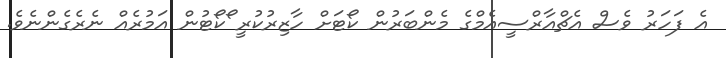
އެ ފަހަރު ވެސް އެޗްއާރްސީއެމްގެ މެންބަރުން ކޯޓަށް ހާޒިރުކުރީ ޯކޯޓުން އަމުރެއް ނެރެގެންނެވެ.